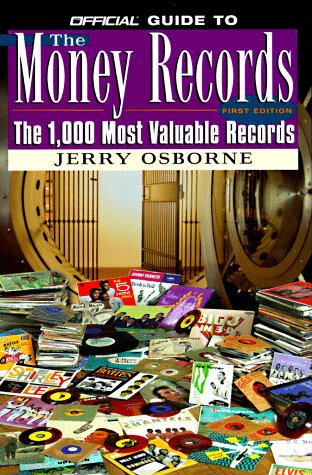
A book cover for Official Guide to the Money Records; Jerry Osborne; Crafts, Hobbies & Home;